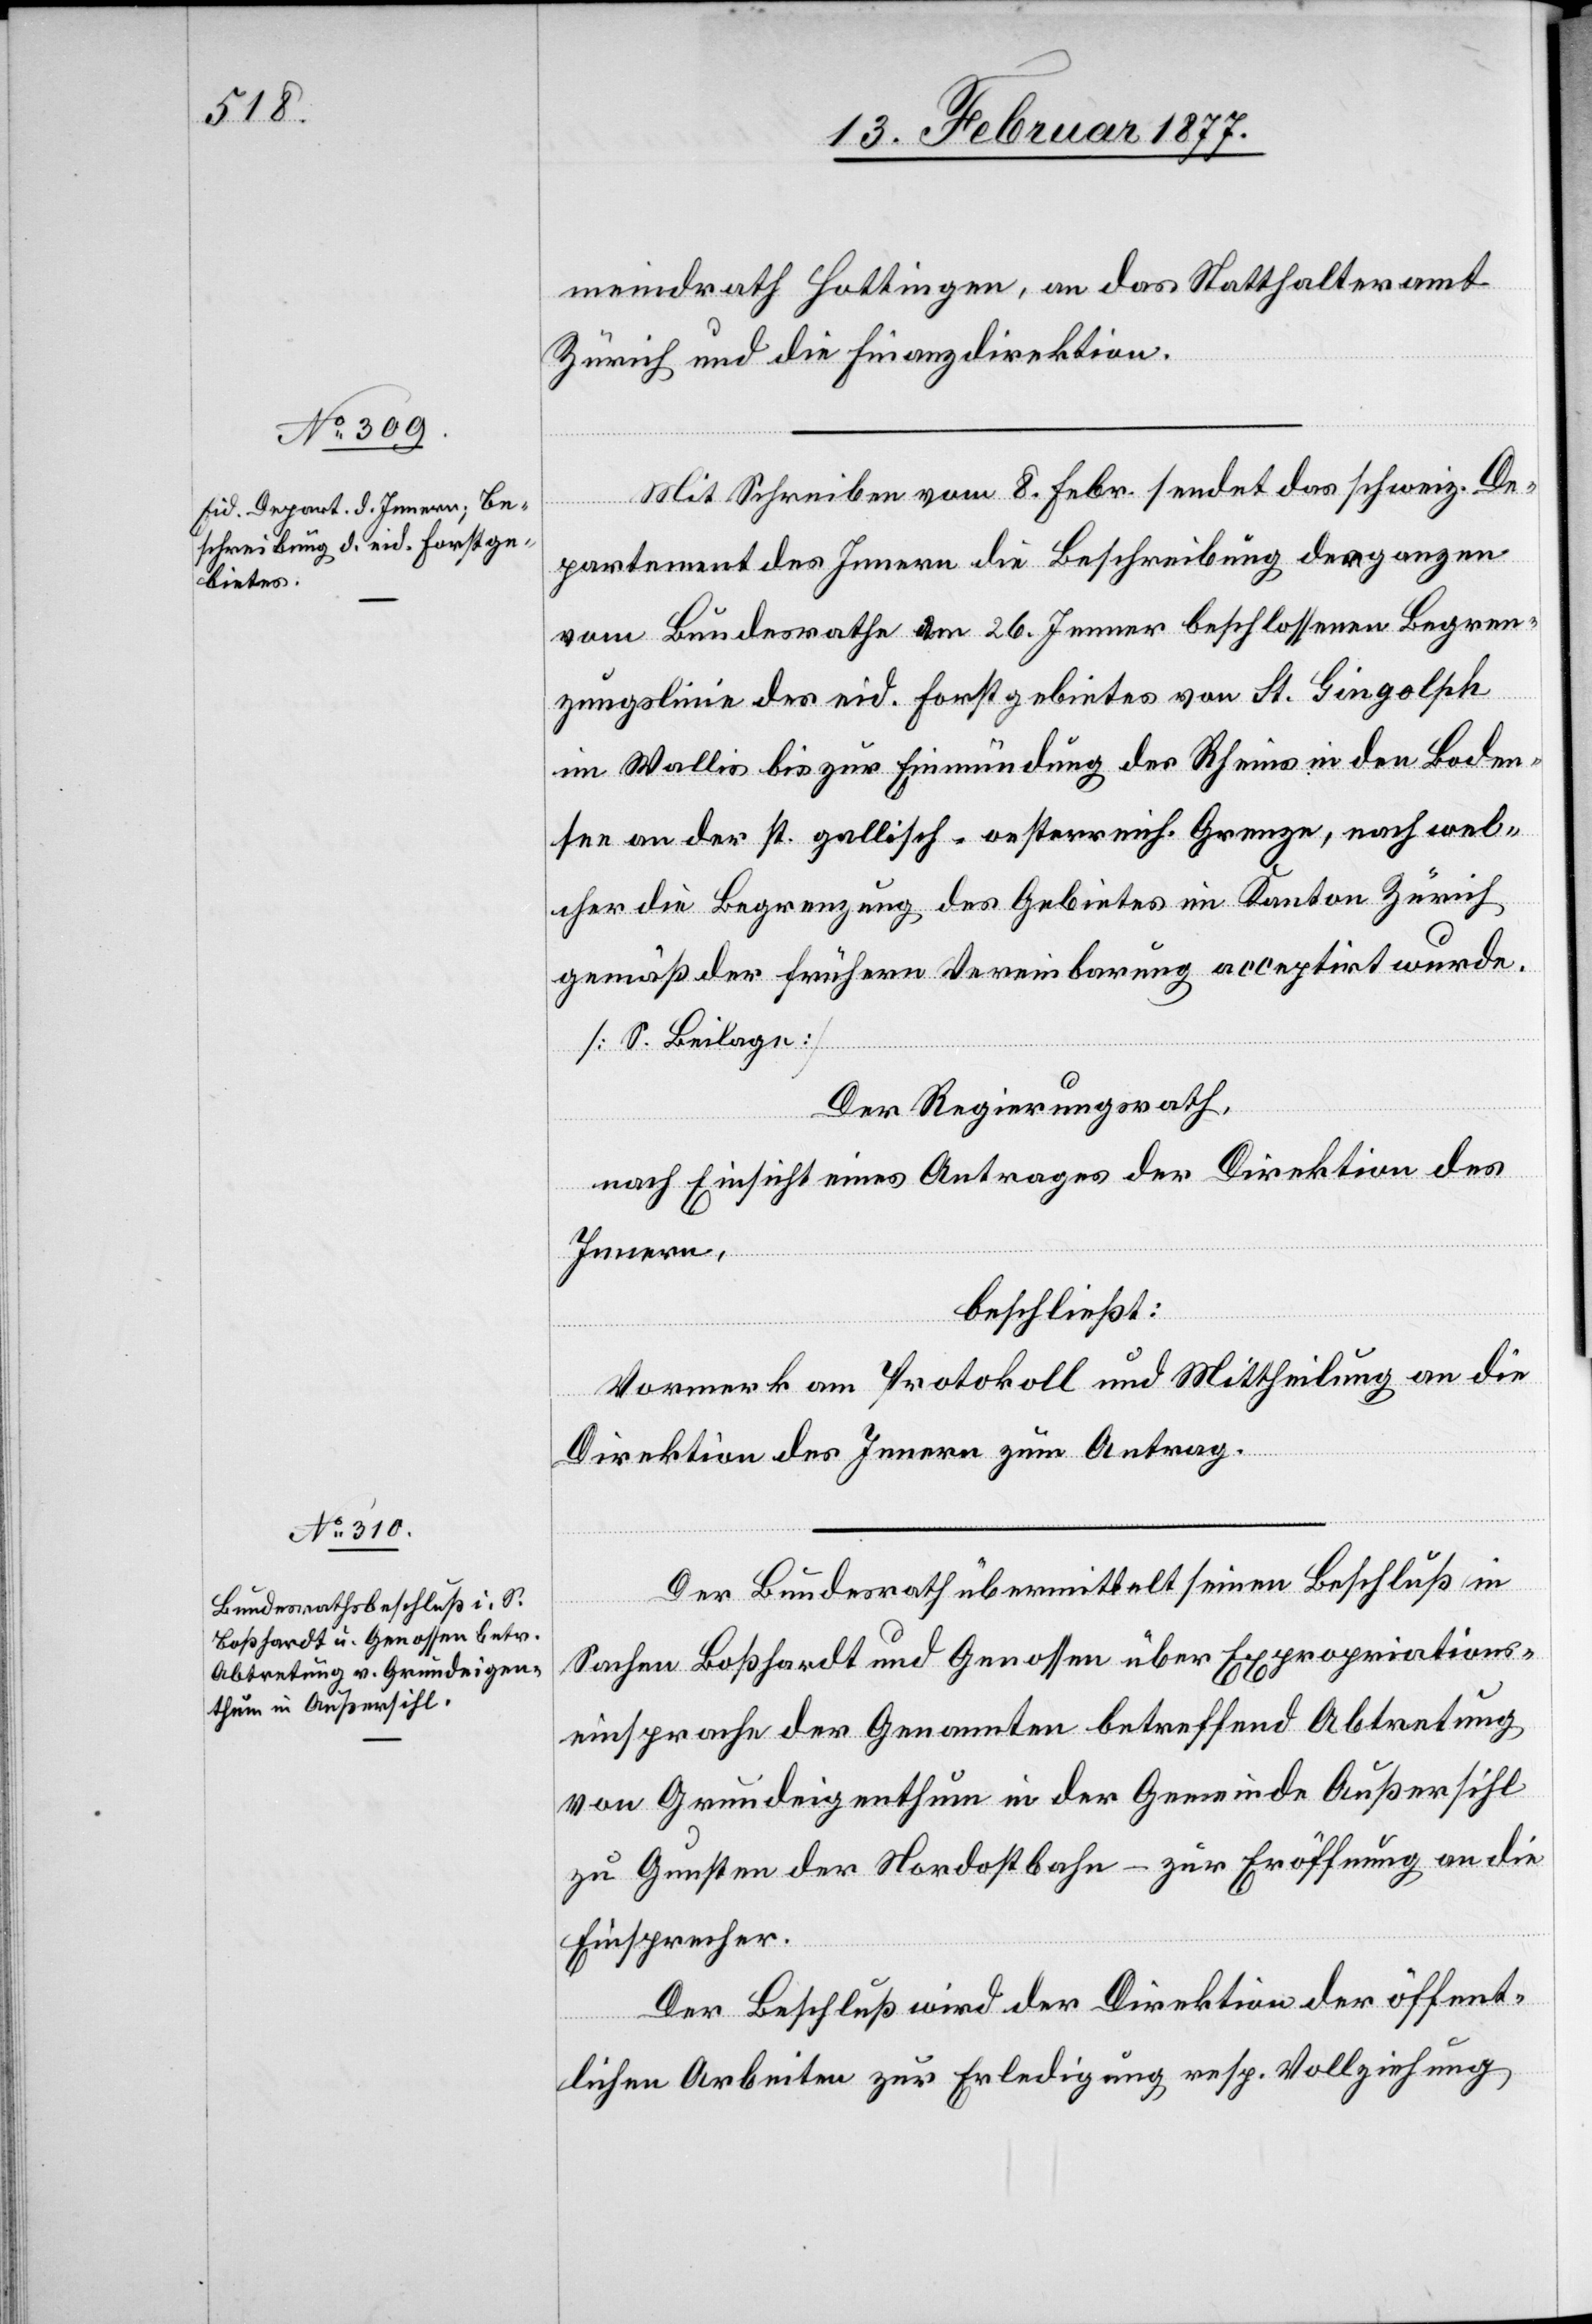
meindrath Hottingen, an das Statthalteramt
Zürich und die Finanzdirektion.
Mit Schreiben vom 8. Febr. sendet das schweiz. De¬
partement des Innern die Beschreibung der ganzen
vom Bundesrathe am 26. Jenner beschlossenen Begren¬
zungslinie des eid. Forstgebietes von St. Gingolph
im Wallis bis zur Einmündung des Rheins in den Boden¬
see an der st. gallisch-oesterreich. Grenze, nach wel¬
cher die Begrenzung des Gebietes im Kanton Zürich
gemäß der frühern Vereinbarung acceptirt wurde.
[S. Beilage]
Der Regierungsrath,
nach Einsicht eines Antrages der Direktion des
Innern,
beschließt:
Vormerk am Protokoll und Mittheilung an die
Direktion des Innern zum Antrag.
Der Bundesrath übermittelt einen Beschluß in
Sachen Boßhardt und Genossen über Expropriations¬
einsprache der Genannten betreffend Abtretung
von Grundeigenthum in der Gemeinde Außersihl
zu Gunsten der Nordostbahn – zur Eröffnung an die
Einsprecher.
Der Beschluß wird der Direktion der öffent¬
lichen Arbeiten zur Erledigung resp. Vollziehung